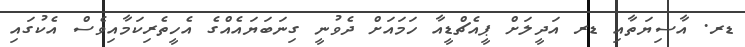
ޑރ. އާސިޔަތާއި ޑރ އަދީލަށް ޕީއެޗްޑީއާ ހަމައަށް ދެވުނީ ގިނަބަޔައެއްގެ އެހީތެރިކަމާއިވެސް އެކުގައި